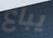
يباع